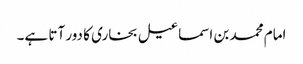
امام محمد بن اسماعیل بخاری کا دور آتا ہے۔